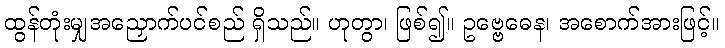
ထွန်တုံးမျှအညှောက်ပင်စည် ရှိသည်။ ဟုတွာ၊ ဖြစ်၍။ ဥဗ္ဗေဓေန၊ အစောက်အားဖြင့်။